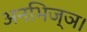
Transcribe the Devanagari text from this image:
अनभिज्ञ।